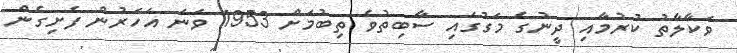
ވަކާލާތު ކުރުމާއި ދީނުގެ މަގުގައި ސާބިތުވެ ތިބުމަށް 1953 ވަނަ އަހަރުން ފެށިގެން